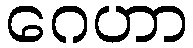
ဂေဟာ